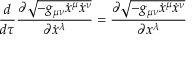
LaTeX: { \frac { d } { d \tau } } { \frac { \partial { \sqrt { - g _ { \mu \nu } { \dot { x } } ^ { \mu } { \dot { x } } ^ { \nu } } } } { \partial { \dot { x } } ^ { \lambda } } } = { \frac { \partial { \sqrt { - g _ { \mu \nu } { \dot { x } } ^ { \mu } { \dot { x } } ^ { \nu } } } } { \partial x ^ { \lambda } } }